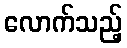
လောက်သည့်